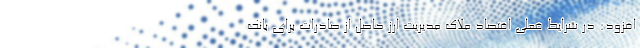
افزود: در شرایط فعلی اقتصاد ملاک مدیریت ارز حاصل از صادرات برای بانک